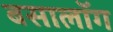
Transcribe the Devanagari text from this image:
बसालॉग